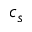
c _ { s }